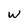
Character: W